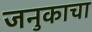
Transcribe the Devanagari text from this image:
जनुकाचा